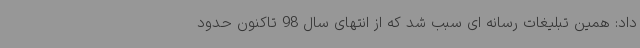
داد: همین تبلیغات رسانه ای سبب شد که از انتهای سال 98 تاکنون حدود